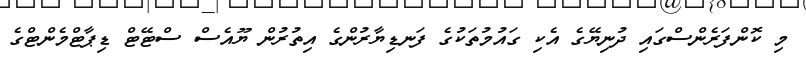
މި ކޮންފަރެންސްގައި ދުނިޔޭގެ އެކި ގައުމުތަކުގެ ފަނޑިޔާރުންގެ އިތުރުން ޔޫއެސް ސްޓޭޓް ޑިޕާޓްމެންޓްގެ